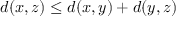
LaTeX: d ( x , z ) \leq d ( x , y ) + d ( y , z )